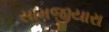
સામજીયારા